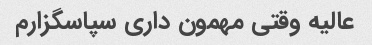
عالیه وقتی مهمون داری سپاسگزارم